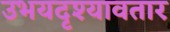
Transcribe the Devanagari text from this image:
उभयदृश्यावतार